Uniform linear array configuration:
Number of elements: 4
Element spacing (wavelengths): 0.25
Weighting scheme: binomial
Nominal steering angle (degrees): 15
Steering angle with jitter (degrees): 14.603
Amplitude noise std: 0.05
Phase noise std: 0.05

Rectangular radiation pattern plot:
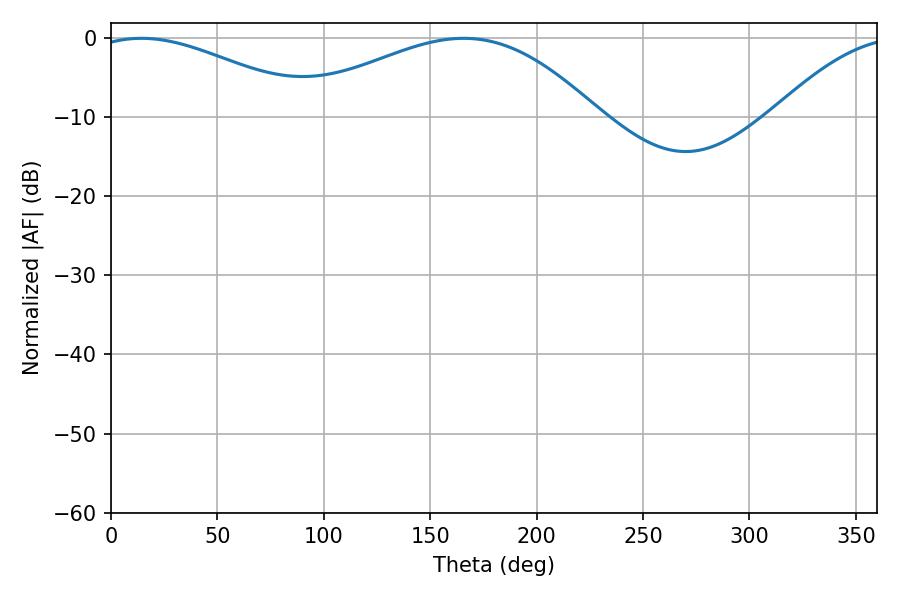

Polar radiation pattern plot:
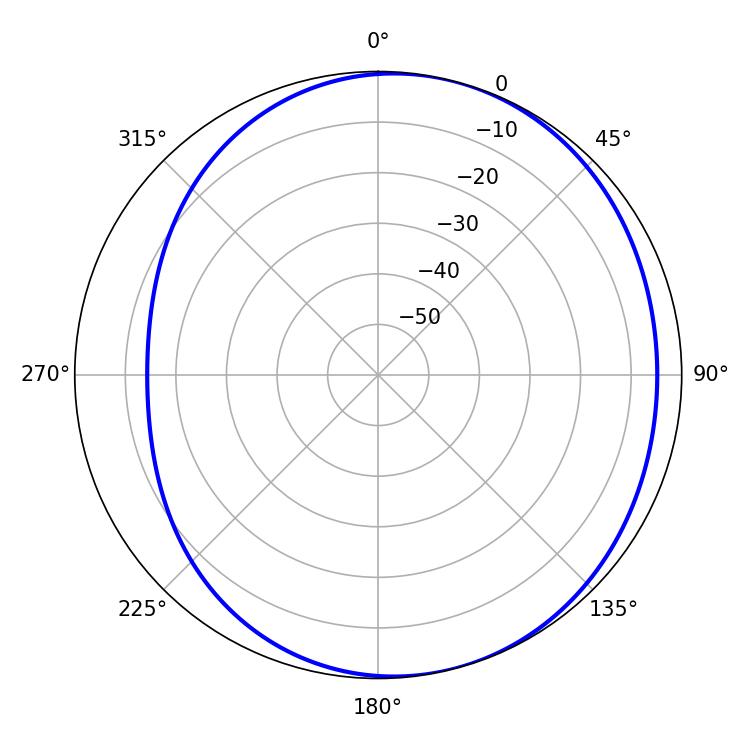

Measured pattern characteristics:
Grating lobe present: FALSE
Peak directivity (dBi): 3.971
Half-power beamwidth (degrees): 57.96
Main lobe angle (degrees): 14.22